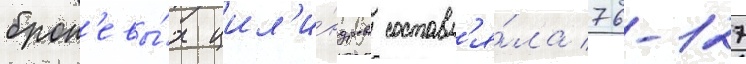
брон'евы́х цил'и́ндров составл'я́ла 76-127